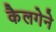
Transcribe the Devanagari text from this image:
कैलगेने